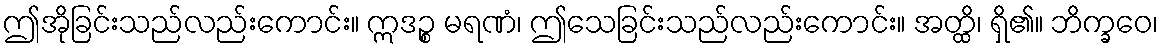
ဤအိုခြင်းသည်လည်းကောင်း။ ဣဒဉ္စ မရဏံ၊ ဤသေခြင်းသည်လည်းကောင်း။ အတ္ထိ၊ ရှိ၏။ ဘိက္ခဝေ၊